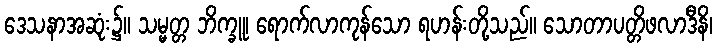
ဒေသနာအဆုံး၌။ သမ္မတ္တ ဘိက္ခူ၊ ရောက်လာကုန်သော ရဟန်းတို့သည်။ သောတာပတ္တိဖလာဒီနိ၊